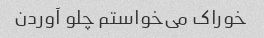
خوراک می‌خواستم چلو آوردن